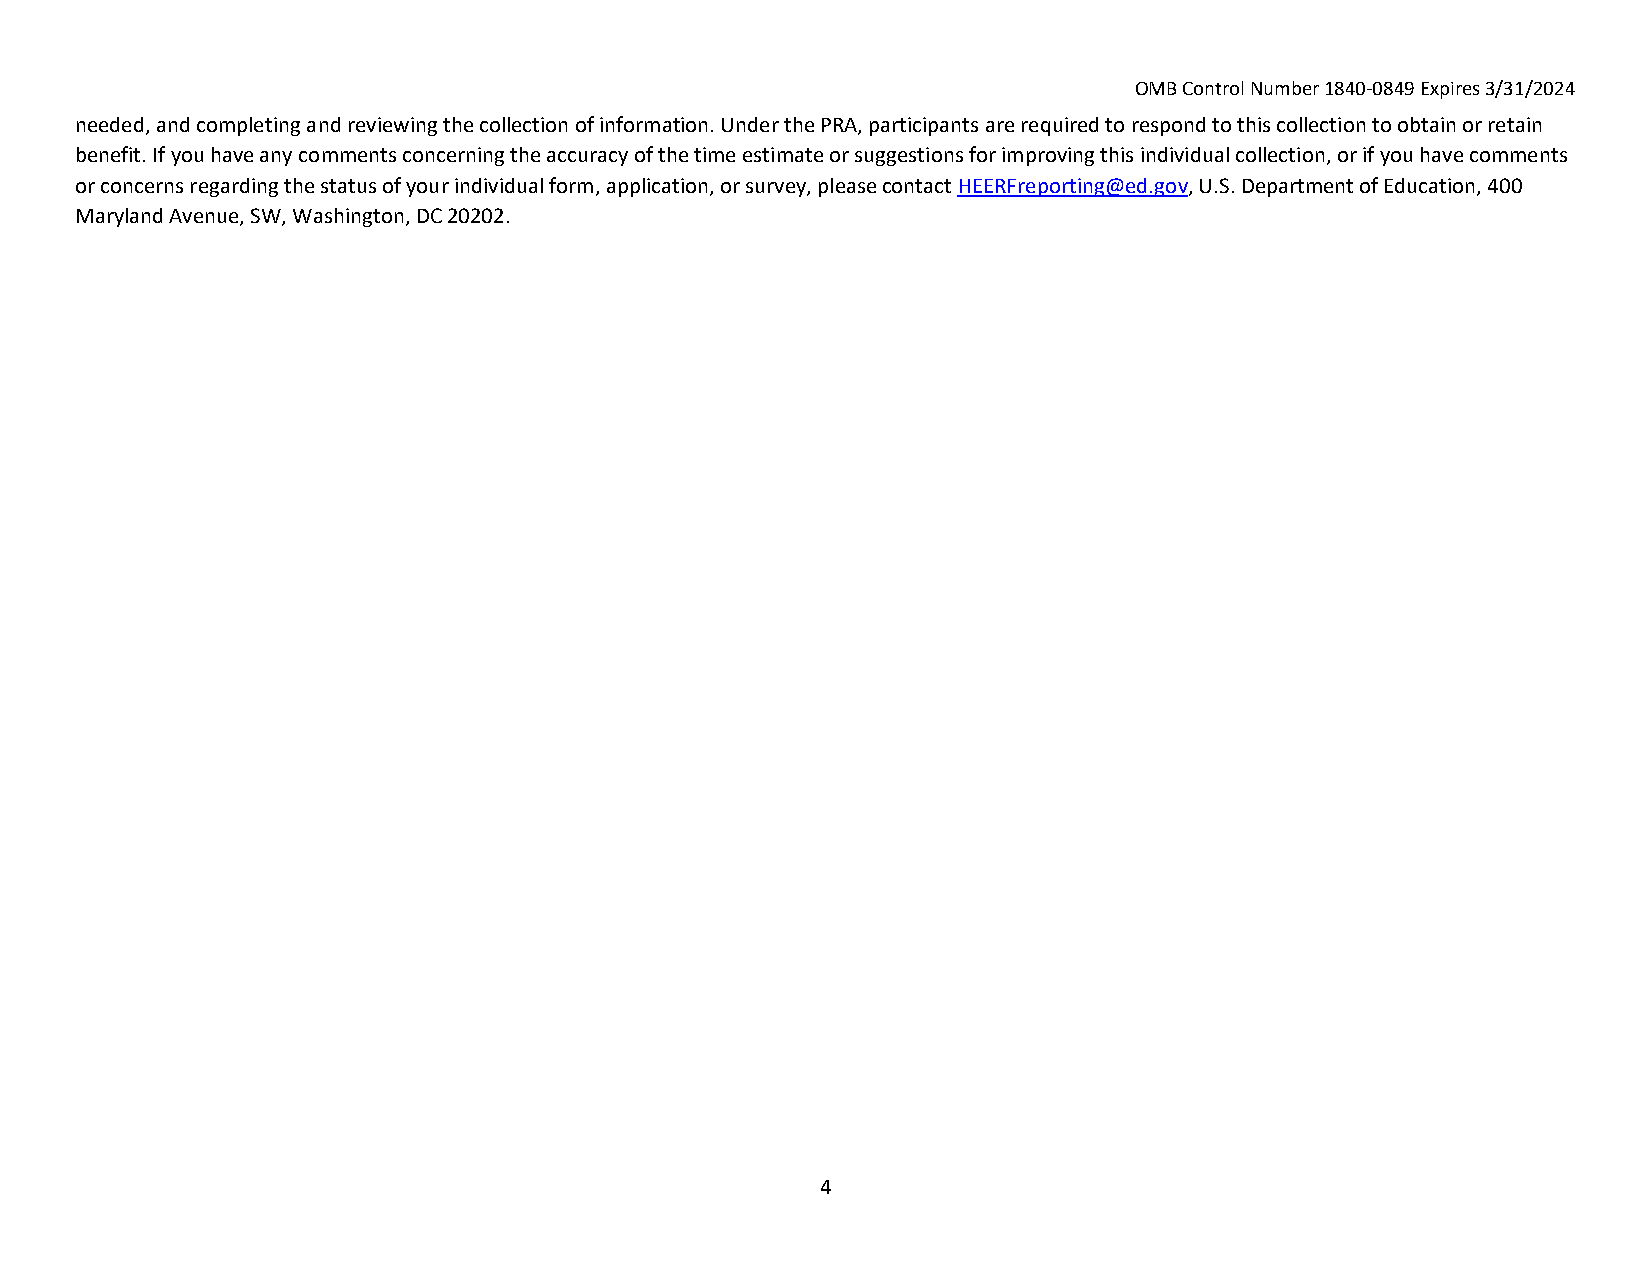
OMB Control Number 1840‐0849 Expires 3/31/2024
 needed, and completing and reviewing the collection of information. Under the PRA, participants are required to respond to this collection to obtain or retain
 benefit. If you have any comments concerning the accuracy of the time estimate or suggestions for improving this individual collection, or if you have comments
 or concerns regarding the status of your individual form, application, or survey, please contact HEERFreporting@ed.gov, U.S. Department of Education, 400
 Maryland Avenue, SW, Washington, DC 20202.
 4